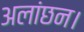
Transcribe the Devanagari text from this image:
अलांछन।